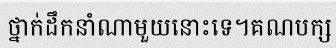
ថ្នាក់ដឹកនាំណាមួយនោះទេ។គណបក្ស